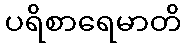
ပရိစာရေမာတိ